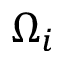
\Omega _ { i }